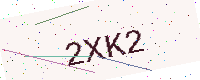
Text: 2XK2